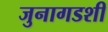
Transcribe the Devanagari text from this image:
जुनागडशी